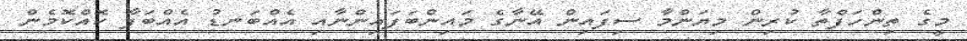
މީގެ ތިންހަފްތާ ކުރިން މިޔަންމާ ސިފައިން އޭނާގެ މައިންބަފައިންނާއި އެއްބަނޑު އެއްބަފާ ކޮއްކޮމެން